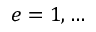
e = 1 , \ldots